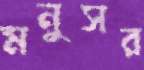
মনুসর